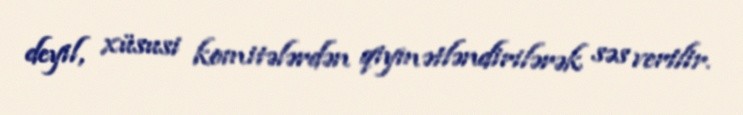
deyil, xüsusi komitələrdən qiymətləndirilərək səs verilir.